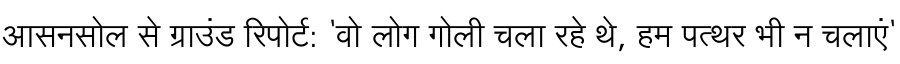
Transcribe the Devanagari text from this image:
आसनसोल से ग्राउंड रिपोर्ट: 'वो लोग गोली चला रहे थे, हम पत्थर भी न चलाएं'